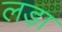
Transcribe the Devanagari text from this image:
लडा़